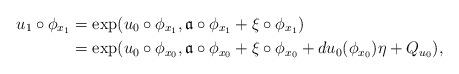
LaTeX: \begin{align*} u_1\circ \phi_{x_1} &= \exp (u_0\circ \phi_{x_1}, \mathfrak{a}\circ \phi_{x_1} + \xi\circ \phi_{x_1})\\ &= \exp (u_0\circ \phi_{x_0}, \mathfrak{a}\circ \phi_{x_0} + \xi\circ \phi_{x_0} + du_0(\phi_{x_0})\eta +Q_{u_0}),\end{align*}